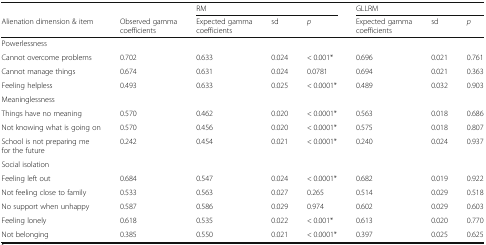
<table><thead><tr><td></td><td></td><td colspan="3"><b>RM</b></td><td colspan="3"><b>GLLRM</b></td></tr><tr><td><b>Alienation dimension &amp; item</b></td><td><b>Observed gamma coefficients</b></td><td><b>Expected gamma coefficients</b></td><td><b>sd</b></td><td><b><i>p</i></b></td><td><b>Expected gamma coefficients</b></td><td><b>sd</b></td><td><b><i>p</i></b></td></tr></thead><tbody><tr><td>Powerlessness</td><td></td><td></td><td></td><td></td><td></td><td></td><td></td></tr><tr><td>Cannot overcome problems</td><td>0.702</td><td>0.633</td><td>0.024</td><td>&lt; 0.001*</td><td>0.696</td><td>0.021</td><td>0.761</td></tr><tr><td>Cannot manage things</td><td>0.674</td><td>0.631</td><td>0.024</td><td>0.0781</td><td>0.694</td><td>0.021</td><td>0.363</td></tr><tr><td>Feeling helpless</td><td>0.493</td><td>0.633</td><td>0.025</td><td>&lt; 0.0001*</td><td>0.489</td><td>0.032</td><td>0.903</td></tr><tr><td>Meaninglessness</td><td></td><td></td><td></td><td></td><td></td><td></td><td></td></tr><tr><td>Things have no meaning</td><td>0.570</td><td>0.462</td><td>0.020</td><td>&lt; 0.0001*</td><td>0.563</td><td>0.018</td><td>0.686</td></tr><tr><td>Not knowing what is going on</td><td>0.570</td><td>0.456</td><td>0.020</td><td>&lt; 0.0001*</td><td>0.575</td><td>0.018</td><td>0.807</td></tr><tr><td>School is not preparing me for the future</td><td>0.242</td><td>0.454</td><td>0.021</td><td>&lt; 0.0001*</td><td>0.240</td><td>0.024</td><td>0.937</td></tr><tr><td>Social isolation</td><td></td><td></td><td></td><td></td><td></td><td></td><td></td></tr><tr><td>Feeling left out</td><td>0.684</td><td>0.547</td><td>0.024</td><td>&lt; 0.0001*</td><td>0.682</td><td>0.019</td><td>0.922</td></tr><tr><td>Not feeling close to family</td><td>0.533</td><td>0.563</td><td>0.027</td><td>0.265</td><td>0.514</td><td>0.029</td><td>0.518</td></tr><tr><td>No support when unhappy</td><td>0.587</td><td>0.586</td><td>0.029</td><td>0.974</td><td>0.602</td><td>0.029</td><td>0.603</td></tr><tr><td>Feeling lonely</td><td>0.618</td><td>0.535</td><td>0.022</td><td>&lt; 0.001*</td><td>0.613</td><td>0.020</td><td>0.770</td></tr><tr><td>Not belonging</td><td>0.385</td><td>0.550</td><td>0.021</td><td>&lt; 0.0001*</td><td>0.397</td><td>0.025</td><td>0.625</td></tr></tbody></table>